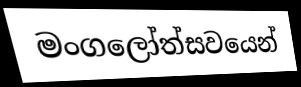
මංගලෝත්සවයෙන්